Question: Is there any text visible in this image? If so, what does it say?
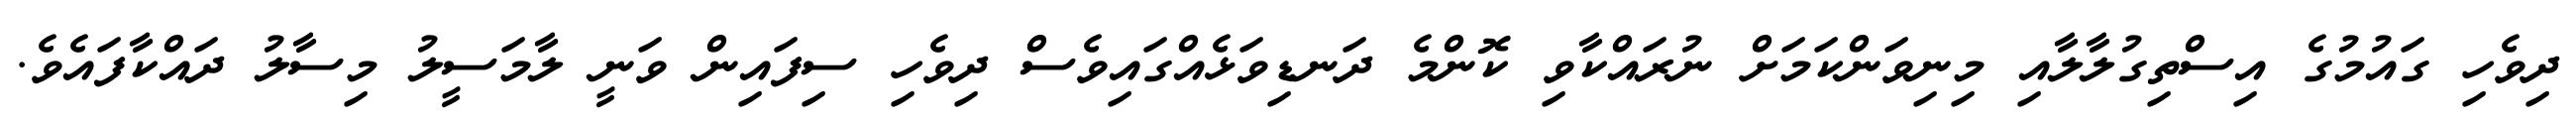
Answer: ދިވެހި ގައުމުގެ އިސްތިގުލާލާއި މިނިވަންކަމަށް ނުރައްކާވި ކޮންމެ ދަނޑިވަޅެއްގައިވެސް ދިވެހި ސިފައިން ވަނީ ލާމަސީލު މިސާލު ދައްކާފައެވެ.